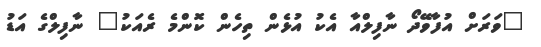
"ވަރަށް އުފާވޭދޯ ނާފިލްއާ އެކު އުޅެން ތިހެން ކޮންމެ ރެއަކު" ނާފިލްގެ އަޑު